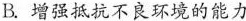
B. 增强抵抗不良环境的能力